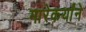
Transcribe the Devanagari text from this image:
मारेकर्यांने